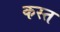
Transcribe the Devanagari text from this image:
कस्त